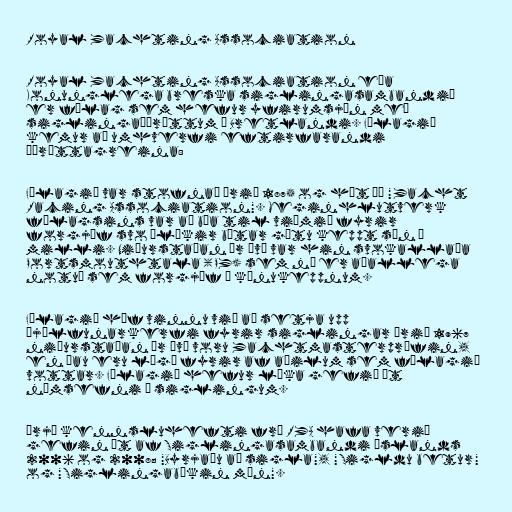
Royal Yachting Association

Royal Yachting Association eða
Konunglega breska siglingasambandið
er félag sem hefur yfirumsjón með
siglingaíþróttum í Bretlandi. Félagið
kemur að umhverfi eftirfarandi
íþróttagreina:

Félagið var stofnað árið 1875 og hét þá "Yacht
Racing Association". Meginhlutverk
félagsins var að búa til viðmið fyrir
forgjöf svo ólíkir bátar gætu keppt sín á
milli. Niðurstaðan úr því var hin svokallaða
Portsmouthtala (PY) sem nú er aðallega
notuð sem forgjöf í kænukeppnum.

Félagið hóf vinnu við að setja upp
þjálfunarkerfi fyrir siglingar árið 1967
niðurstaðan úr því voru Yachtmasterprófin,
en þau eru lögð fyrir af aðilum sem félagið
vottar. Félagið hefur líka gefið út
námsefni í siglingum.

Þrjú kennsluhefti frá RYA hafa verið
gefin út af Siglingasambandi Íslands
2006 og 2008; "Byrjaðu að sigla", "Sigldu betur"
og "Siglingabókin mín".